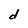
Character: d